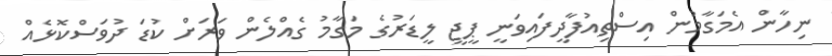
ނިހާން އެމަގާމުން އިސްތިއުފާދީފައިވަނީ ޕީޖީ ލީޑަރުގެ މަގާމު ގެއްލެން ވަރަށް ކުޑަ ދުވަސްކޮޅެއް